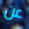
عن